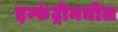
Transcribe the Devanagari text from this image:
इन्फंट्रीमधील